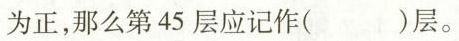
为正，那么第45层应记作（）层。